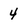
Character: 4